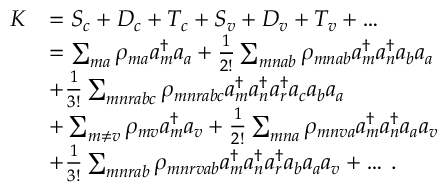
\begin{array} { r l } { K } & { = S _ { c } + D _ { c } + T _ { c } + S _ { v } + D _ { v } + T _ { v } + \ldots } \\ & { = \sum _ { m a } \rho _ { m a } a _ { m } ^ { \dagger } a _ { a } + \frac { 1 } { 2 ! } \sum _ { m n a b } \rho _ { m n a b } a _ { m } ^ { \dagger } a _ { n } ^ { \dagger } a _ { b } a _ { a } } \\ & { + \frac { 1 } { 3 ! } \sum _ { m n r a b c } \rho _ { m n r a b c } a _ { m } ^ { \dagger } a _ { n } ^ { \dagger } a _ { r } ^ { \dagger } a _ { c } a _ { b } a _ { a } } \\ & { + \sum _ { m \neq v } \rho _ { m v } a _ { m } ^ { \dagger } a _ { v } + \frac { 1 } { 2 ! } \sum _ { m n a } \rho _ { m n v a } a _ { m } ^ { \dagger } a _ { n } ^ { \dagger } a _ { a } a _ { v } } \\ & { + \frac { 1 } { 3 ! } \sum _ { m n r a b } \rho _ { m n r v a b } a _ { m } ^ { \dagger } a _ { n } ^ { \dagger } a _ { r } ^ { \dagger } a _ { b } a _ { a } a _ { v } + \ldots \, . } \end{array}